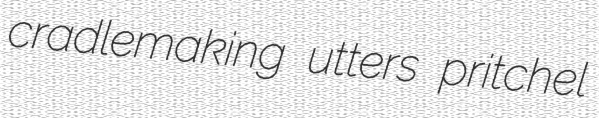
cradlemaking utters pritchel